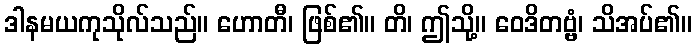
ဒါနမယကုသိုလ်သည်။ ဟောတီ၊ ဖြစ်၏။ တိ၊ ဤသို့။ ဝေဒိတဗ္ဗံ၊ သိအပ်၏။